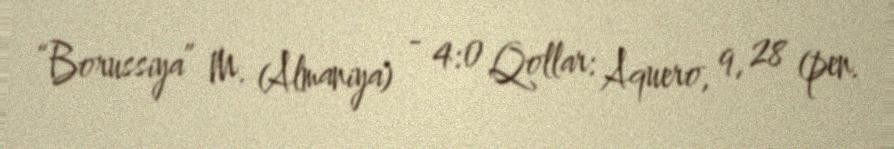
“Borussiya” M. (Almaniya) - 4:0 Qollar: Aquero, 9, 28 (pen.